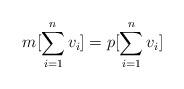
LaTeX: \begin{align*} m [\sum_{i=1}^nv_i] = p[\sum_{i=1}^nv_i] \end{align*}